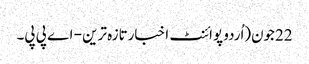
22جون(اُردو پوائنٹ اخبارتازہ ترین - اے پی پی۔